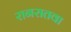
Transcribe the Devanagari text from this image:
रानरातवा